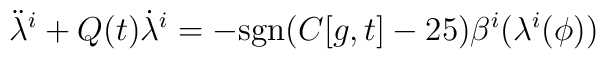
{\ddot \lambda}^i + Q(t) {\dot \lambda}^i =-{\rm sgn}(C[g,t]-25)\beta^i(\lambda^i(\phi))